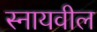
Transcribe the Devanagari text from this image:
स्नायवील